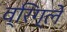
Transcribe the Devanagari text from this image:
व्रिग्ले